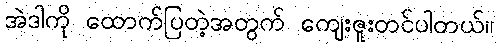
အဲဒါကို ထောက်ပြတဲ့အတွက် ကျေးဇူးတင်ပါတယ်။